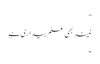
"
نیند بھی علم بیداری ہے
۔